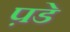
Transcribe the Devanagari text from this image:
प़डे